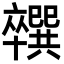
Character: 𪟼